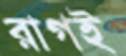
রাগই